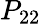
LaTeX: P_{22}